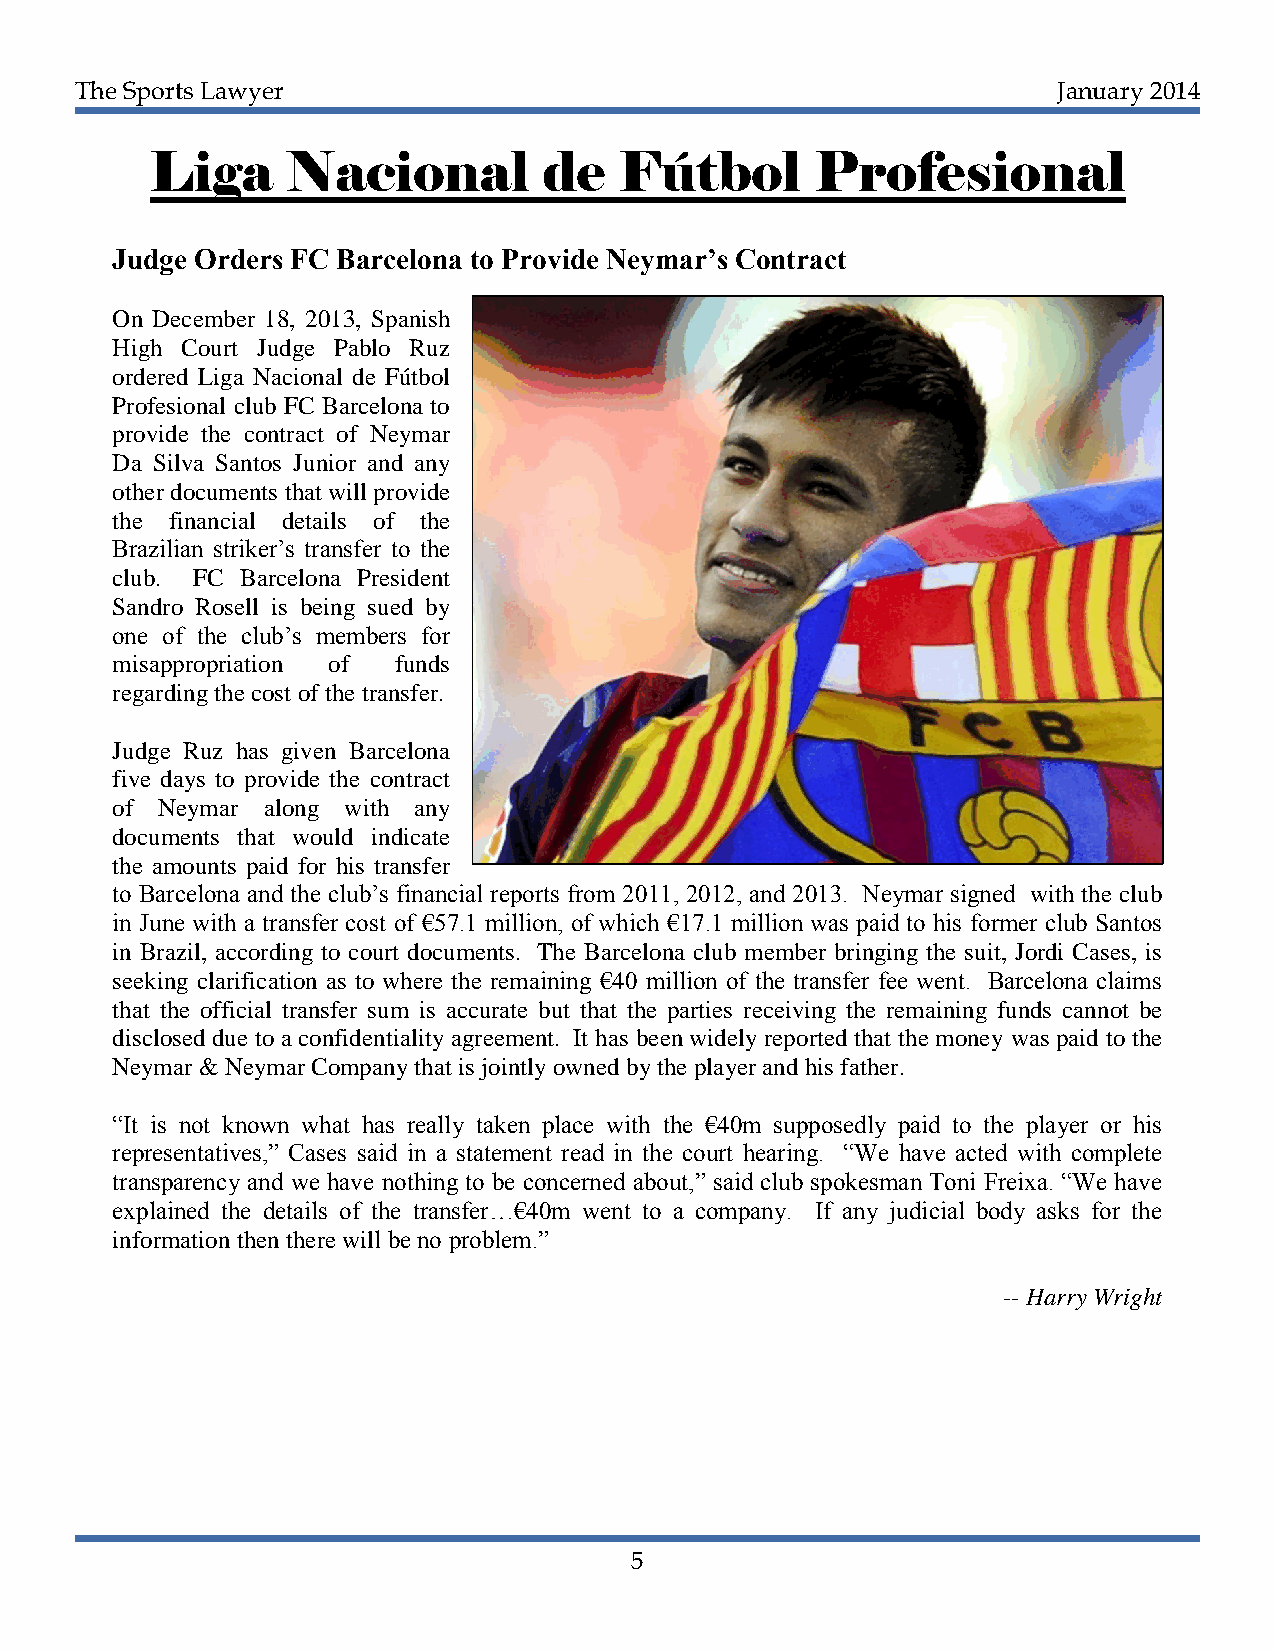
The Sports Lawyer                                                January 2014
 Liga     Nacional         de   Fútbol       Profesional
 Judge Orders FC Barcelona to Provide Neymar’s Contract
 On December 18, 2013, Spanish
 High Court Judge Pablo Ruz
 ordered Liga Nacional de Fútbol
 Profesional club FC Barcelona to
 provide the contract of Neymar
 Da Silva Santos Junior and any
 other documents that will provide
 the financial details of the
 Brazilian striker’s transfer to the
 club. FC Barcelona President
 Sandro Rosell is being sued by
 one of the club’s members for
 misappropriation of funds
 regarding the cost of the transfer.
 Judge Ruz has given Barcelona
 five days to provide the contract
 of Neymar along with any
 documents that would indicate
 the amounts paid for his transfer
 to Barcelona and the club’s financial reports from 2011, 2012, and 2013. Neymar signed with the club
 in June with a transfer cost of €57.1 million, of which €17.1 million was paid to his former club Santos
 in Brazil, according to court documents. The Barcelona club member bringing the suit, Jordi Cases, is
 seeking clarification as to where the remaining €40 million of the transfer fee went. Barcelona claims
 that the official transfer sum is accurate but that the parties receiving the remaining funds cannot be
 disclosed due to a confidentiality agreement. It has been widely reported that the money was paid to the
 Neymar & Neymar Company that is jointly owned by the player and his father.
 “It is not known what has really taken place with the €40m supposedly paid to the player or his
 representatives,” Cases said in a statement read in the court hearing. “We have acted with complete
 transparency and we have nothing to be concerned about,” said club spokesman Toni Freixa. “We have
 explained the details of the transfer…€40m went to a company. If any judicial body asks for the
 information then there will be no problem.”
 -- Harry Wright
 5